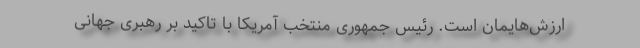
ارزش‌هایمان است. رئیس جمهوری منتخب آمریکا با تاکید بر رهبری جهانی